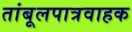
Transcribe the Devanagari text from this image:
तांबूलपात्रवाहक